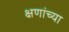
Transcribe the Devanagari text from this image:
क्षणांच्या